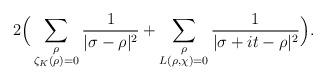
LaTeX: \begin{align*}2 \Big( \sum_{\substack{\rho \\ \zeta_K(\rho) = 0}} \frac{1}{|\sigma-\rho|^2} + \sum_{\substack{\rho \\ L(\rho, \chi) = 0}} \frac{1}{|\sigma + it -\rho|^2} \Big). \end{align*}